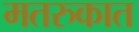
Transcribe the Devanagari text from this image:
मतरुकात